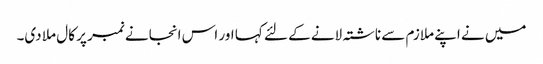
میں نے اپنے ملازم سے ناشتہ لانے کے لئے کہا اور اس انجانے نمبر پر کال ملا دی۔